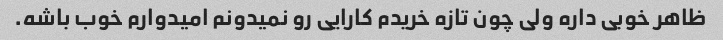
ظاهر خوبی داره ولی چون تازه خریدم کارایی رو نمیدونم امیدوارم خوب باشه.